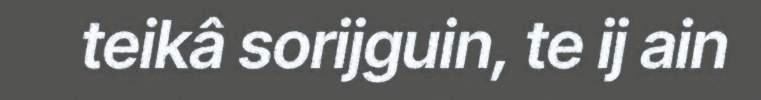
teikâ sorijguin, te ij ain